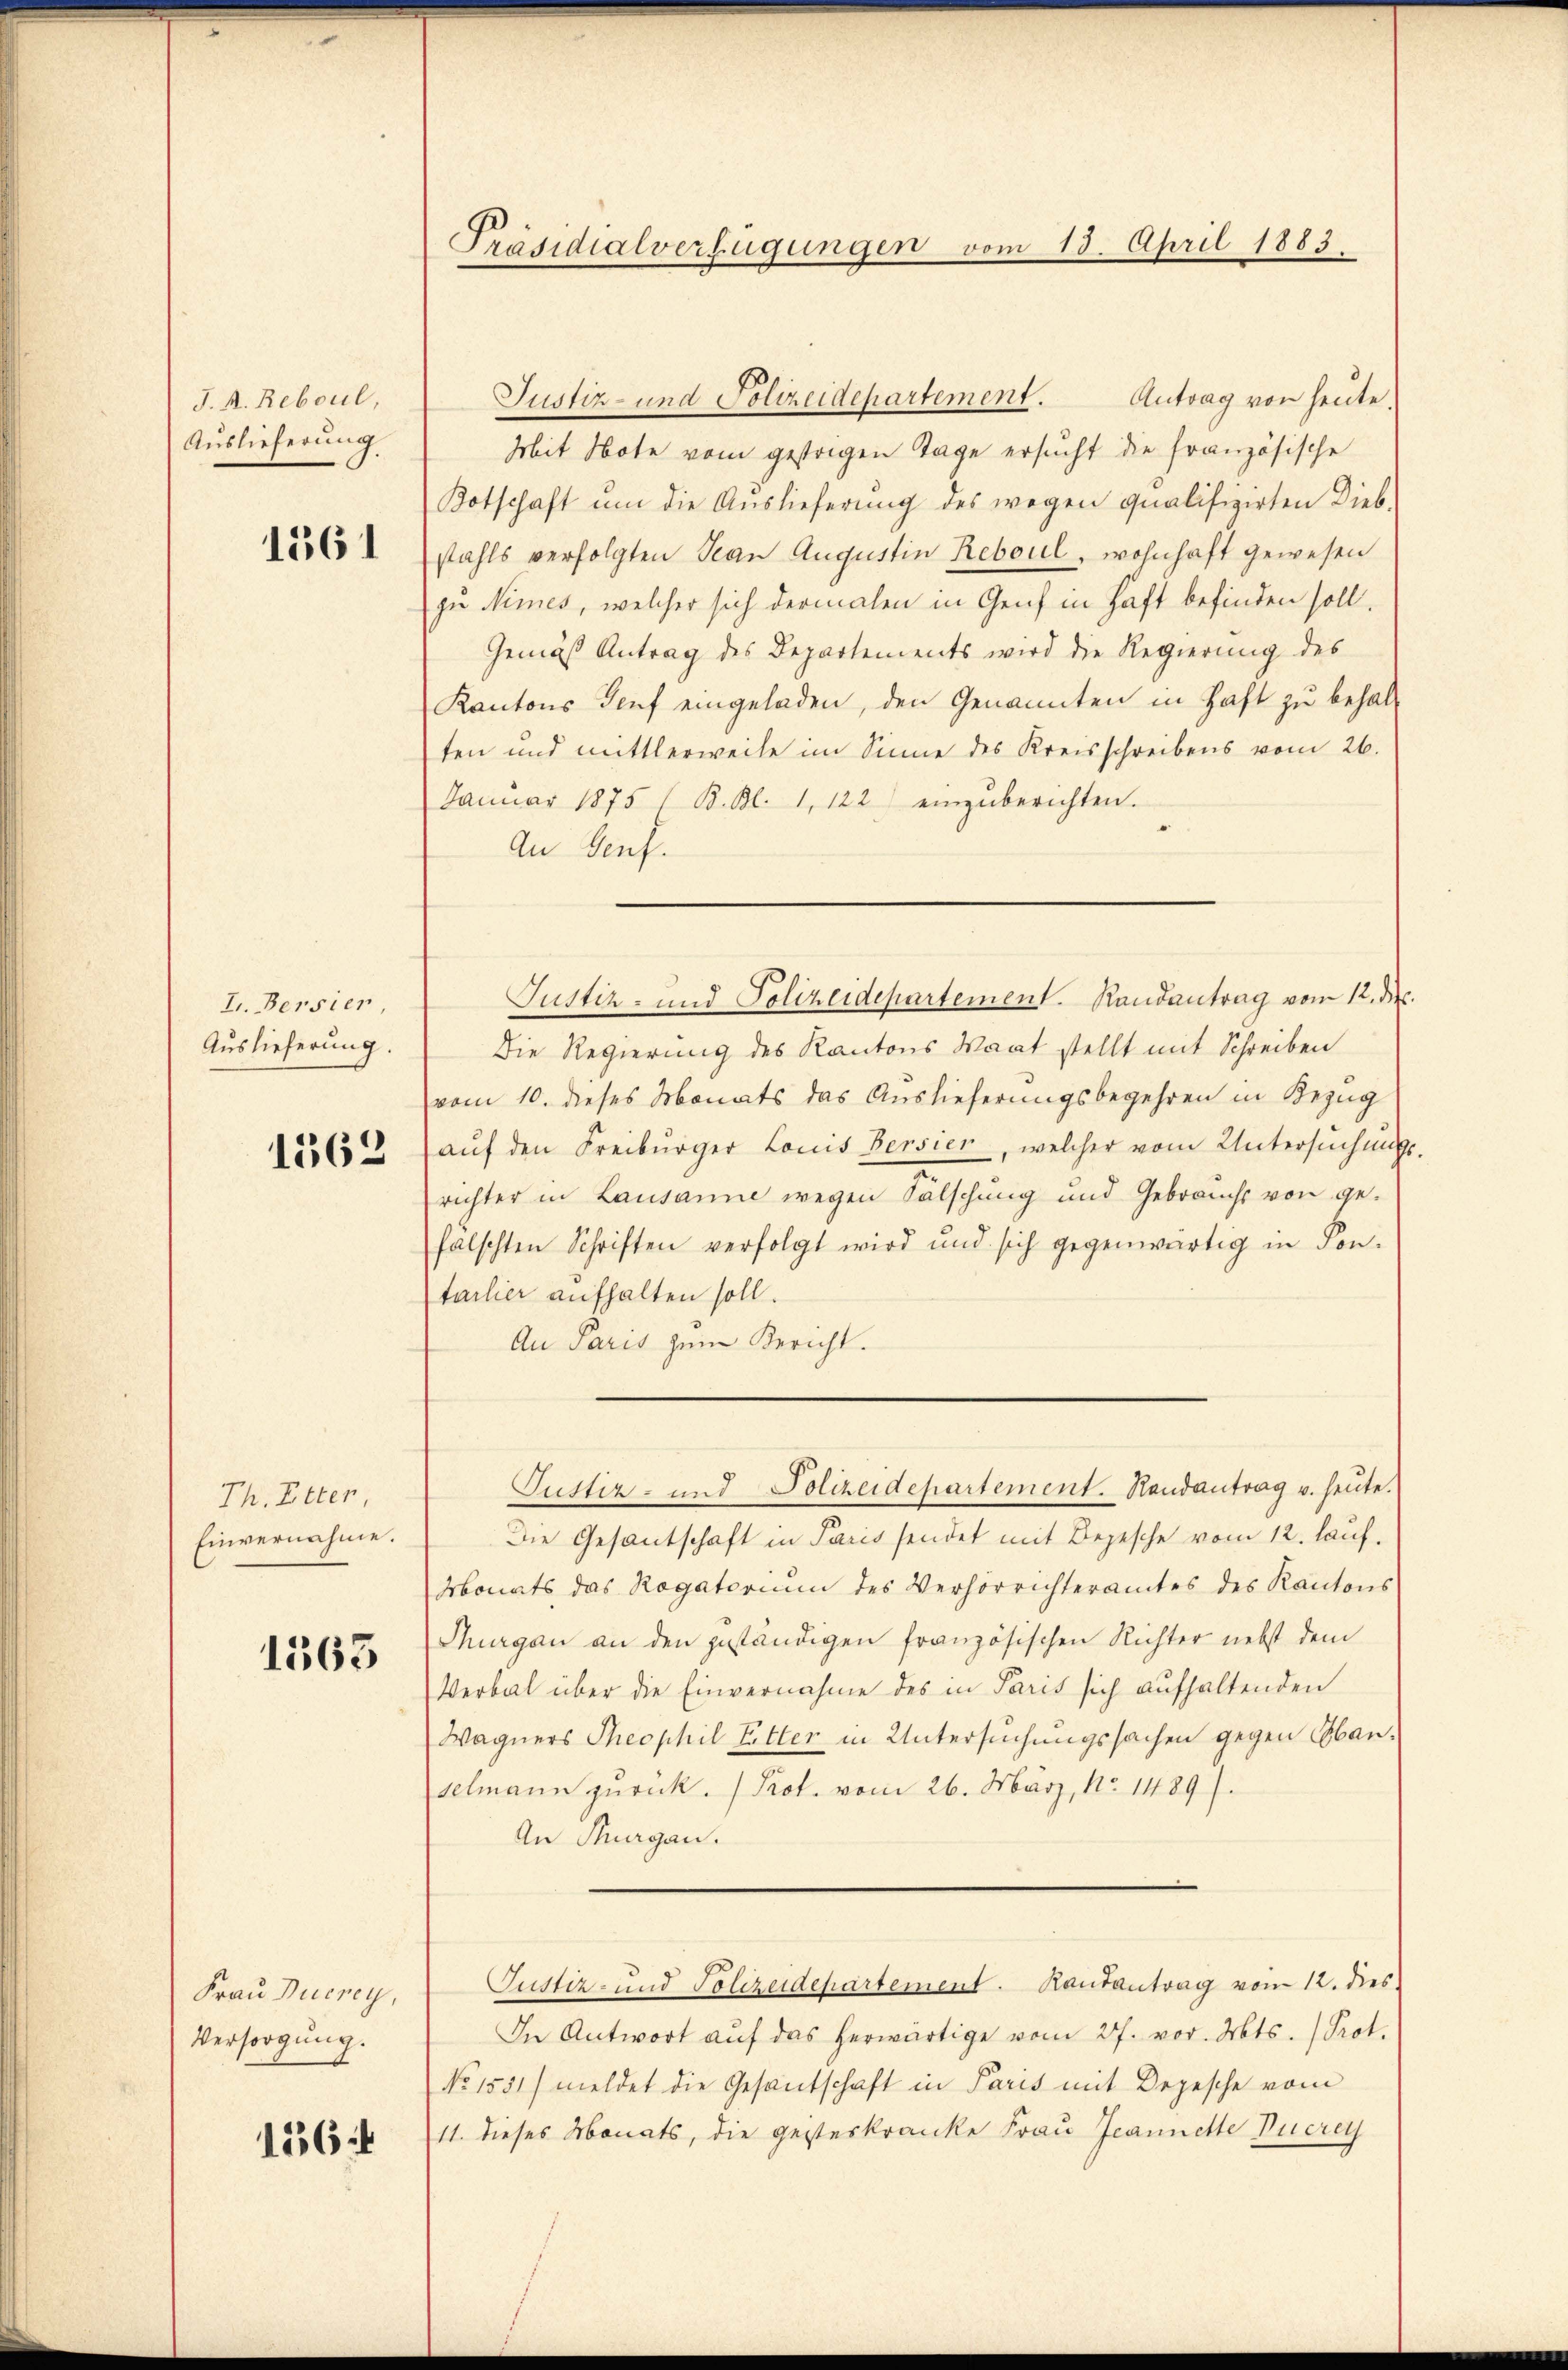
J. A. Reboul,
Auslieferung

1361

L. Bersier,
Auslieferung.

1562

Th, Etter
Einvernahme.

1563

Frau Ducrey,
Versorgung.

156 f

Präsidialverfügungen vom 13. April 1883.

Antrag von heute.
Mit Note vom gestrigen Tage ersucht die französische
Kotschaft um die Auslieferung des wegen qualifizirten Diebstahls verfolgten Jean Augustin Reboul, wohnhaft gewesen
zu Nimes, welcher sich dermalen in Genf in Haft befinden soll.
Gemäß Antrag des Departements wird die Regierung des
Kantons Genf eingeladen, den Genannten in Haft zu behalten und mittlerweile im Sinne des Kreisschreibens vom 26.
Janŭar 1875 / B. Bl. 1, 122) einzŭberichten.
An Genf.
Die Regierung des Kantons Waat stellt mit Schreiben
vom 10. dieses Monats das Auslieferungsbegehren in Bezug
aŭf den Freiburger Louis Bersien, welcher vom Untersuchung
richter in Lausanne wegen Sälschung und Gebrauchs von ge-
falschten Schriften verfolgt wird und sich gegenwärtig in Son-
tarlier aufhalten soll.
An Paris zum Bericht.
Justiz- und Polizeidepartement. Randantrag u. heute.
Die Gesantschaft in Paris sendet mit Bezesche vom 12. lauf.
Monats das Rogatorium des Verhörrichteramtes des Kantons
Thurgau an den geständigen französischen Richter nebst dem
Verbal über die Einvernahme des in Paris sich aufhaltenden
Wagners Theophil Ritter in Untersuchungssachen gegen Obanselmann zurück. (Prot. vom 26. März, No. 1489).
An Thurgau.
Justiz- und Polizeidepartement. Rautantrag vom 12. dies
In Antwort auf das herwärtige vom 27. vor. Mts. (Prot.
No 1551/ meldet die Gesandschaft in Paris mit Depesche vom
11. dieses Monats, die geisteskranke Frau Jeannette Ducrey

Justiz- und Polizeidepartement.

Justiz- und Polizeidepartement. Randantrag vom 12. die